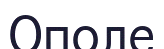
Ополе